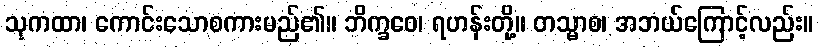
သုကထာ၊ ကောင်းသောစကားမည်၏။ ဘိက္ခဝေ၊ ရဟန်းတို့။ တသ္မာစ၊ အဘယ်ကြောင့်လည်း။